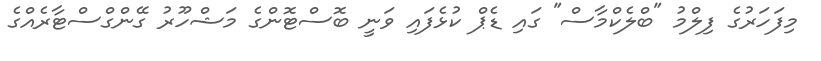
މިފަހަރުގެ ފިލްމު "ބްލެކްމާސް" ގައި ޑެޕް ކުޅެފައި ވަނީ ބޮސްޓޮންގެ މަޝްހޫރު ގޭންގްސްޓާރެއްގެ